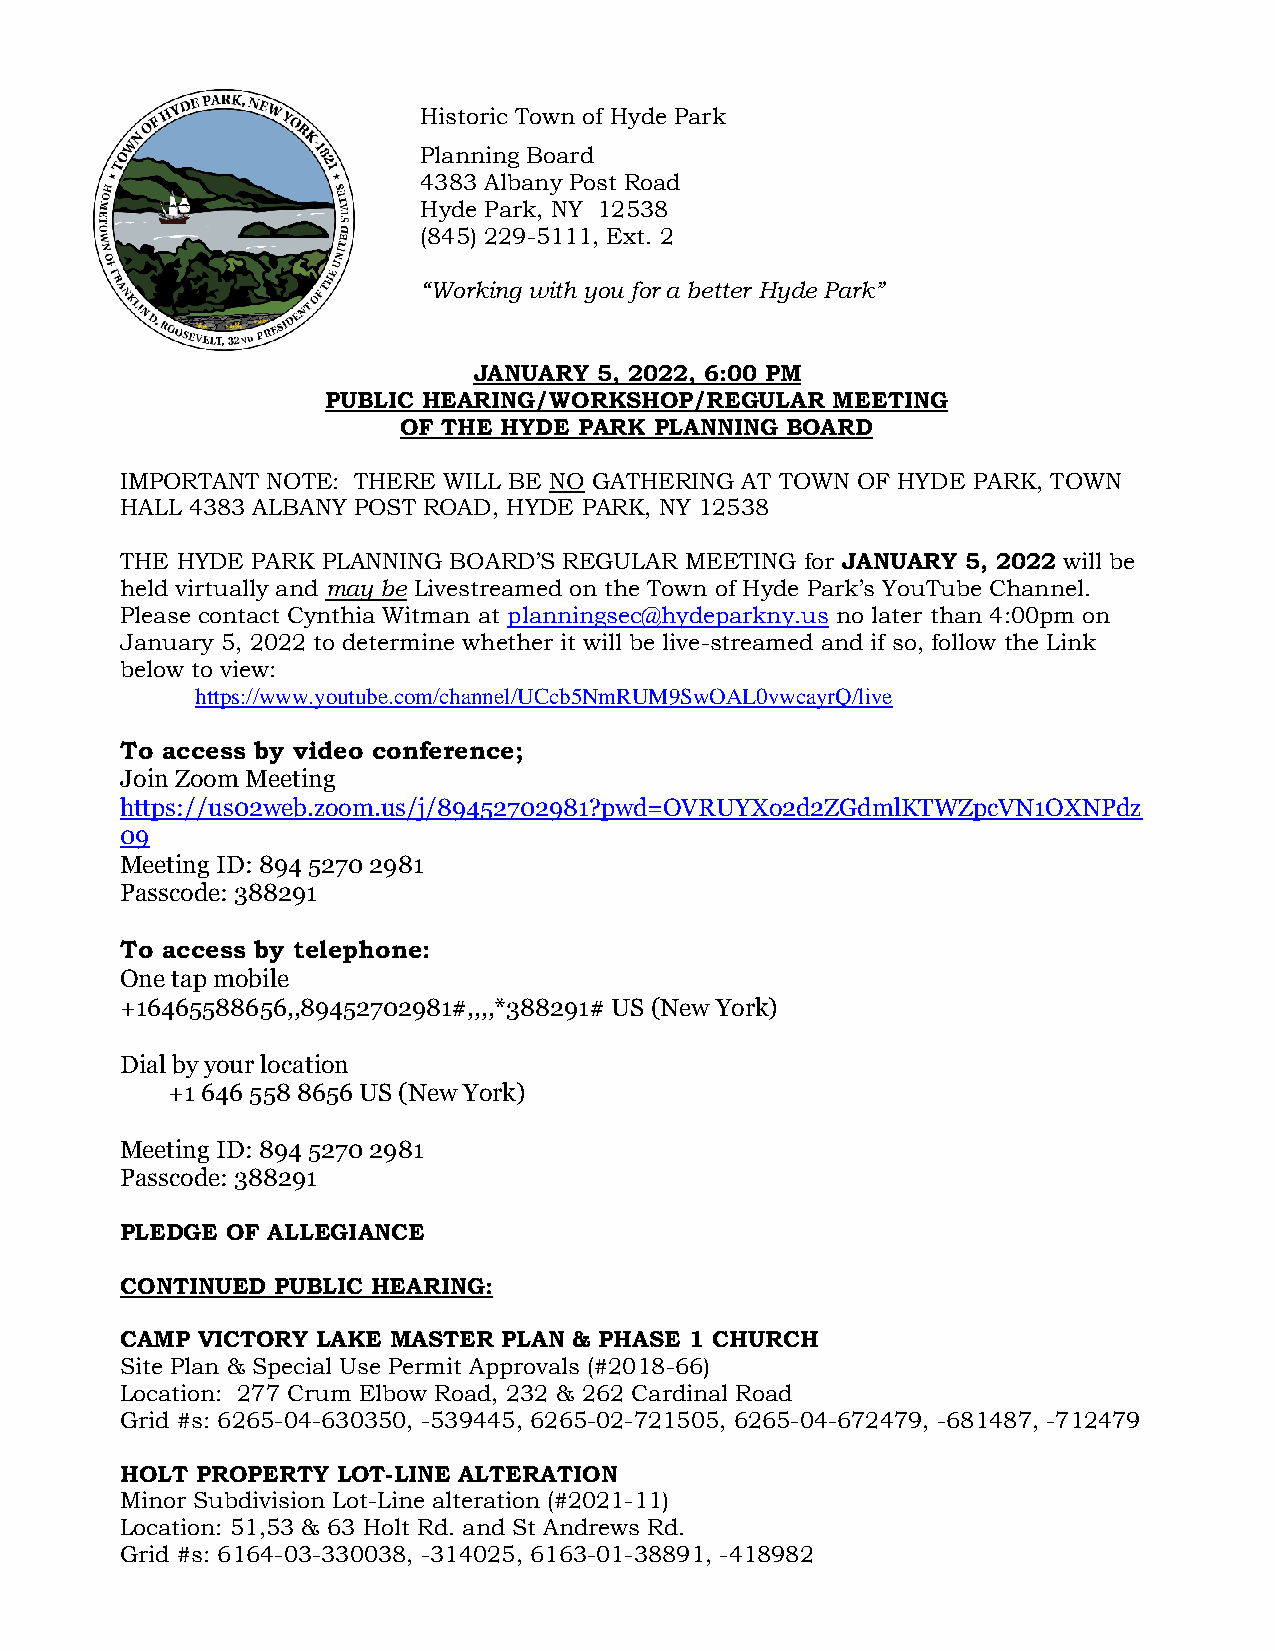
Historic Town of Hyde Park
 Planning Board
 4383 Albany Post Road
 Hyde Park, NY 12538
 (845) 229-5111, Ext. 2
 “Working with you for a better Hyde Park”
 JANUARY  5, 2022, 6:00 PM
 PUBLIC HEARING/WORKSHOP/REGULAR  MEETING
 OF THE HYDE PARK PLANNING BOARD
 IMPORTANT NOTE: THERE WILL BE NO GATHERING AT TOWN OF HYDE PARK, TOWN
 HALL 4383 ALBANY POST ROAD, HYDE PARK, NY 12538
 THE HYDE PARK PLANNING BOARD’S REGULAR MEETING for JANUARY 5, 2022 will be
 held virtually and may be Livestreamed on the Town of Hyde Park’s YouTube Channel.
 Please contact Cynthia Witman at planningsec@hydeparkny.us no later than 4:00pm on
 January 5, 2022 to determine whether it will be live-streamed and if so, follow the Link
 below to view:
 https://www.youtube.com/channel/UCcb5NmRUM9SwOAL0vwcayrQ/live
 To access by video conference;
 Join Zoom Meeting
 https://us02web.zoom.us/j/89452702981?pwd=OVRUYXo2d2ZGdmlKTWZpcVN1OXNPdz
 09
 Meeting ID: 894 5270 2981
 Passcode: 388291
 To access by telephone:
 One tap mobile
 +16465588656,,89452702981#,,,,*388291# US (New York)
 Dial by your location
 +1 646 558 8656 US (New York)
 Meeting ID: 894 5270 2981
 Passcode: 388291
 PLEDGE OF ALLEGIANCE
 CONTINUED PUBLIC HEARING:
 CAMP VICTORY LAKE MASTER PLAN & PHASE 1 CHURCH
 Site Plan & Special Use Permit Approvals (#2018-66)
 Location: 277 Crum Elbow Road, 232 & 262 Cardinal Road
 Grid #s: 6265-04-630350, -539445, 6265-02-721505, 6265-04-672479, -681487, -712479
 HOLT PROPERTY LOT-LINE ALTERATION
 Minor Subdivision Lot-Line alteration (#2021-11)
 Location: 51,53 & 63 Holt Rd. and St Andrews Rd.
 Grid #s: 6164-03-330038, -314025, 6163-01-38891, -418982